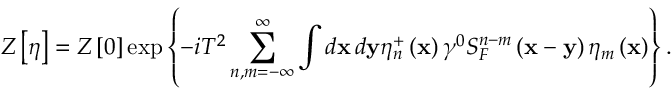
Z \left[ \eta \right] = Z \left[ 0 \right] \exp \left\{ - i T ^ { 2 } \sum _ { n , m = - \infty } ^ { \infty } \int d \mathbf { x \, } d \mathbf { y } \eta _ { n } ^ { + } \left( \mathbf { x } \right) \gamma ^ { 0 } S _ { F } ^ { n - m } \left( \mathbf { x - y } \right) \eta _ { m } \left( \mathbf { x } \right) \right\} .